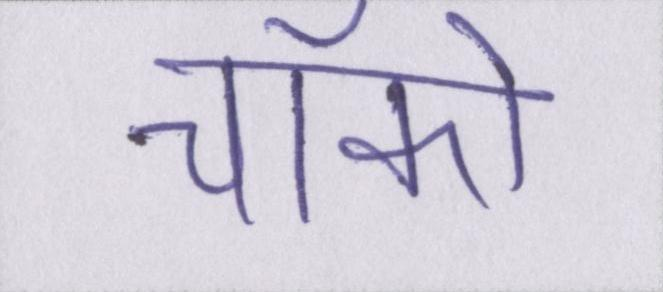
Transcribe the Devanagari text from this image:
चॉको